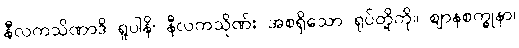
နီလကသိဏာဒိ ရူပါနိ၊ နီလကသိုဏ်း အစရှိသော ရုပ်တို့ကို။ ဈာနစက္ခုနာ၊